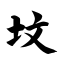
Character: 坟